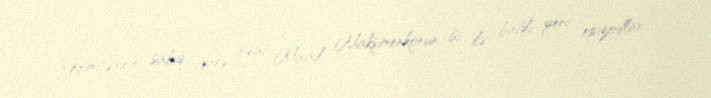
Komitəsinin sabiq idarə rəisi Mixail Maksimenkonun işi ilə bağlı yeni epizodlar